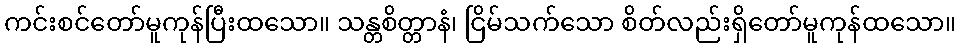
ကင်းစင်တော်မူကုန်ပြီးထသော။ သန္တစိတ္တာနံ၊ ငြိမ်သက်သော စိတ်လည်းရှိတော်မူကုန်ထသော။